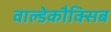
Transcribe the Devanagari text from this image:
वाल्डेकौक्सिब